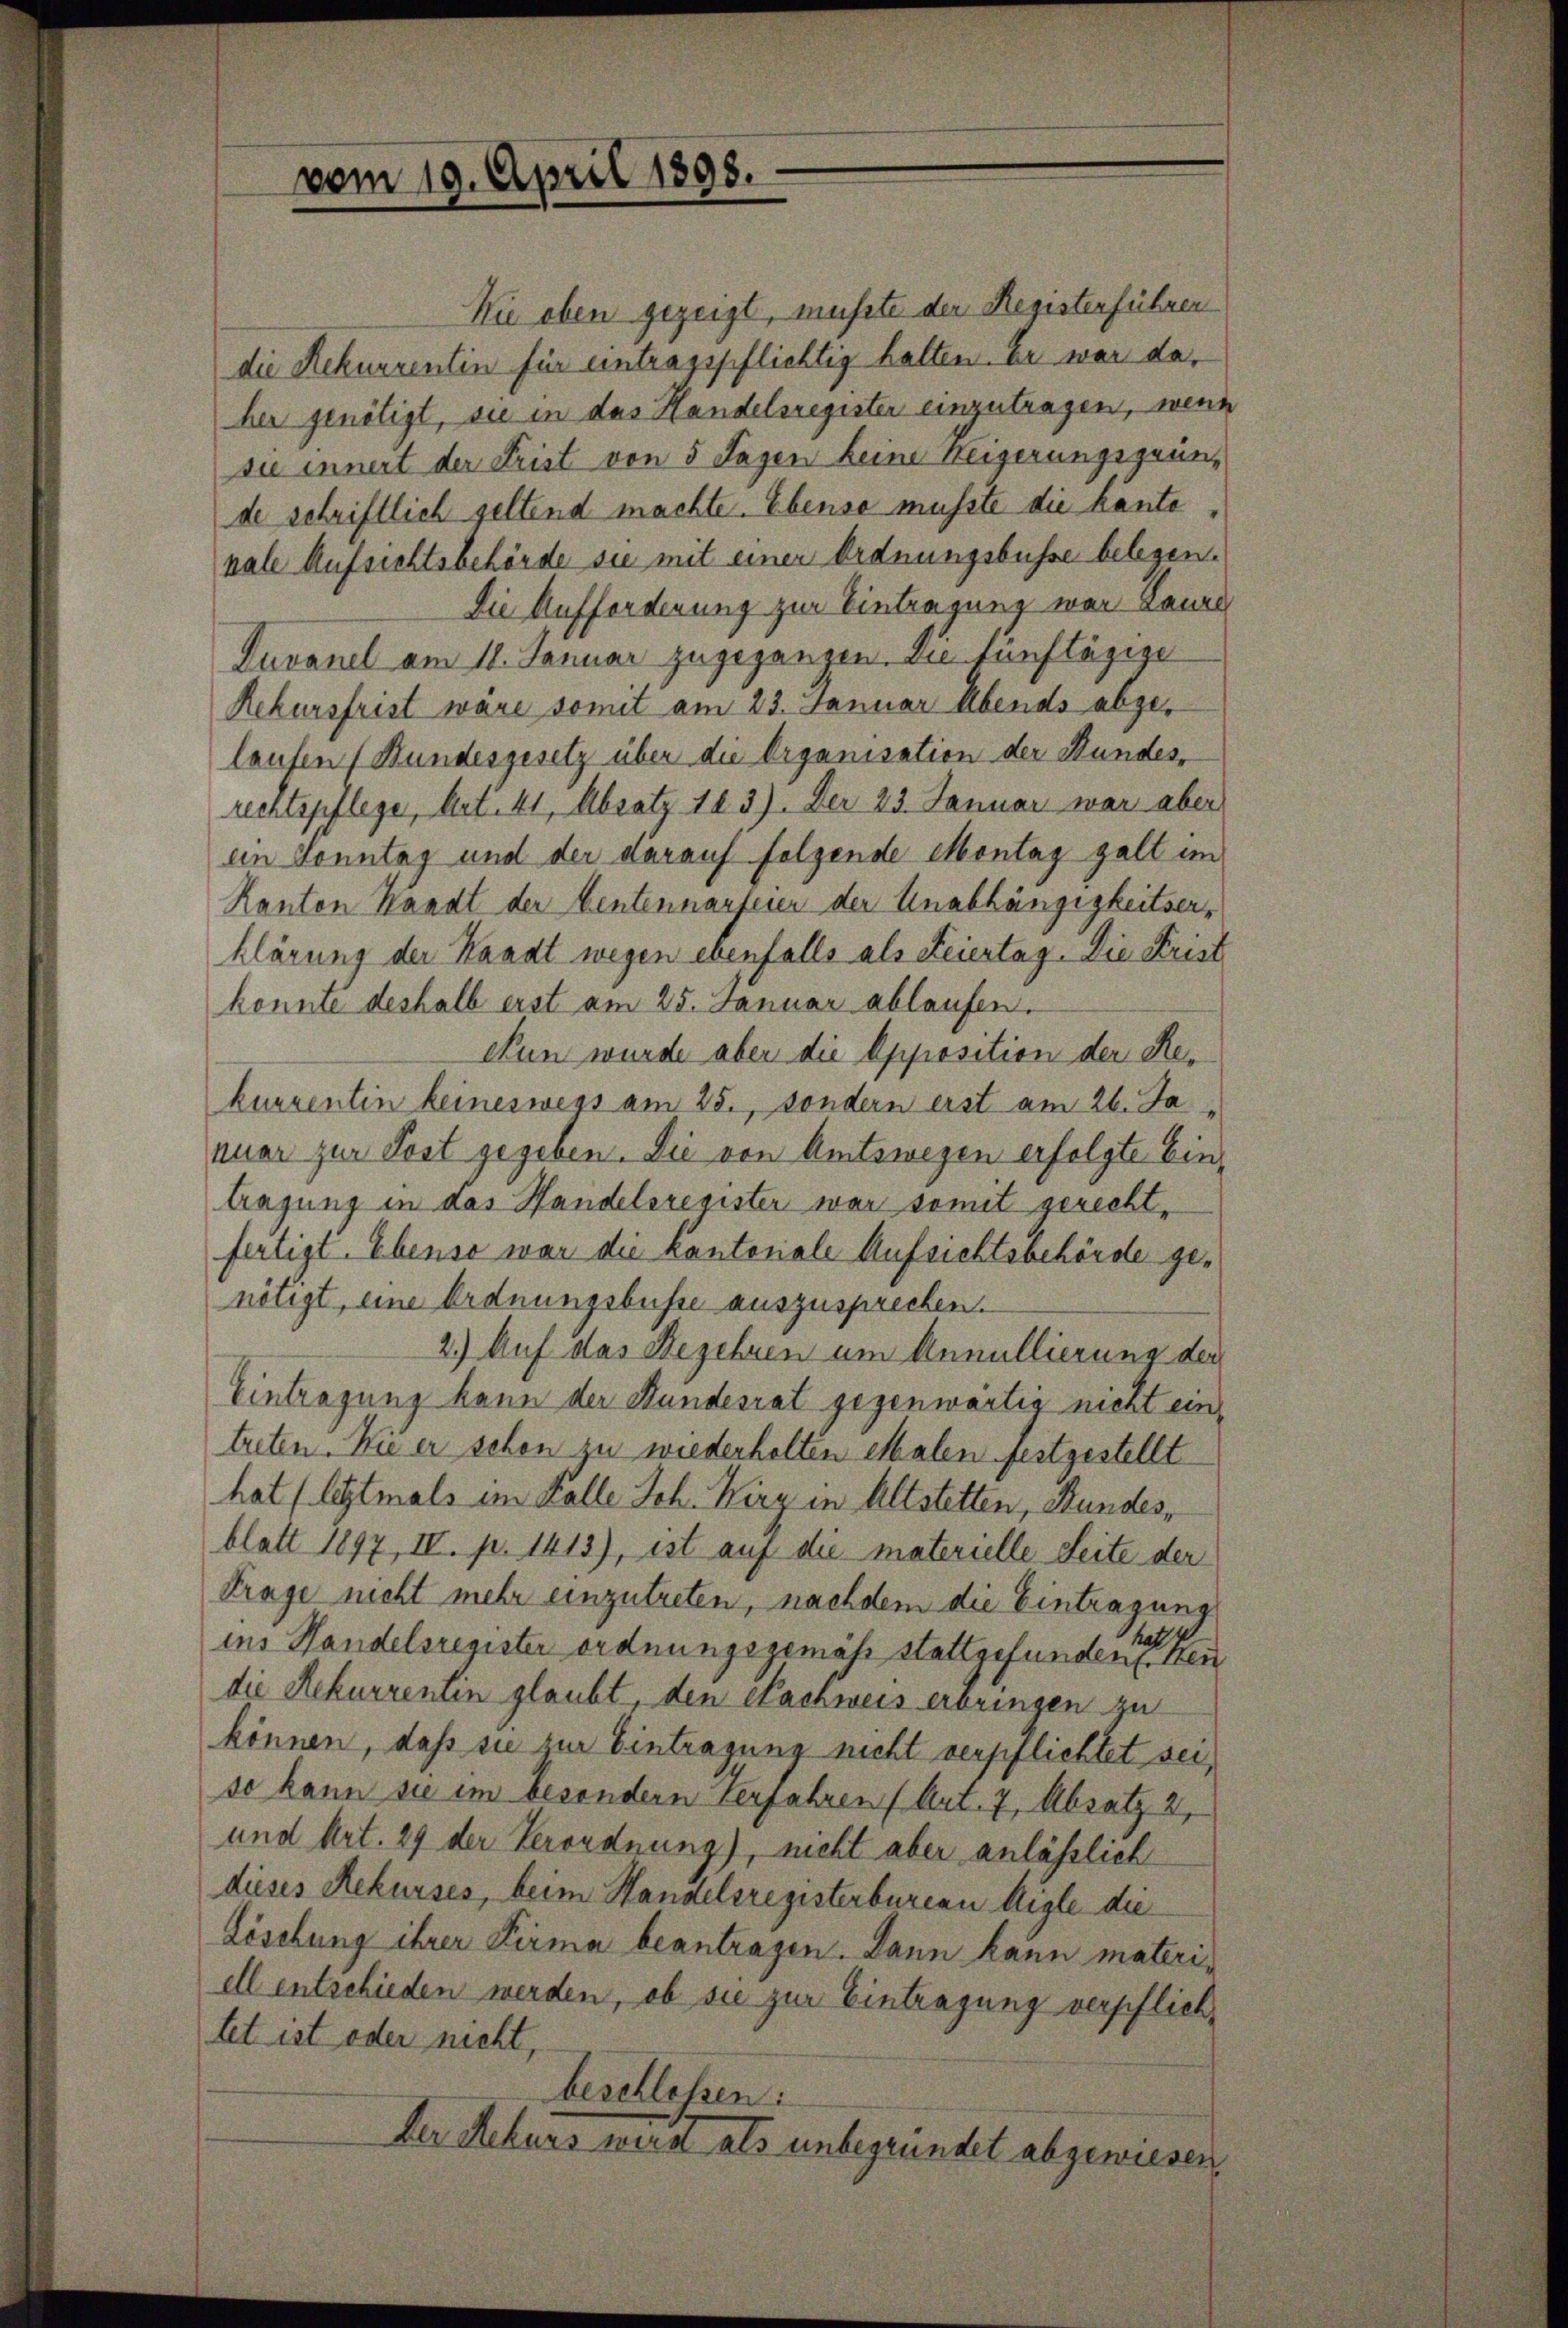
vom 19. April 1898.

Wie oben gezeigt, müßte der Registenführen
die Rekurrentin für eintragspflichtig halten. Er war da,
her genötigt, sie in das Handelsregister einzutragen, wenn
sie innert der Frist von 5 Tagen keine Weigerungsgründe schriftlich geltend machte. Ebenso musste die kante
nale Aufsichtsbehörde sie mit einer Ordnungsbusse belegen.
Die Aufforderung zur Eintragung war Laure
Duvanel am 11. Januar zugegangen. Die fünftägige
Rekursfrist wäre somit am 23. Januar Abends abgelaufen (Bundesgesetz über die Organisation der Stundes-
rechtspflege, Art. 41, Absatz 123). Der 23. Januar war aber
ein Sonntag und der darauf folgende Montag galt im
Kanton Handt der Bentennarfeier der Unabhängigkeitserklärung der Kaadt wegen ebenfalls als Feiertag. Die Frist
konnte deshalb erst am 25. Januar ablaufen.
Nun wurde aber die Opposition der Rekurventin keineswegs am 25., sondern erst am 26. Ja
nuar zur Post gegeben. Die von Amtswegen erfolgte Eintragung in das Handelsregister war somit gerecht,
fertigt. Ebenso war die Kantonale Aufsichtsbehörde genötigt, eine Ordnungsbusse auszusprechen.
2.) Auf das Begehren um Annullierung der
Eintragung kann der Hundesrat gegenwärtig nicht eintreten. Wie er schon zu wiederholten Malen festgestellt
hat (letztmals im wolle Joh. Wirz in Altstetten, Stundesblatt 1897, IV. p. 1413), ist auf die materielle Seite der
Trage nicht mehr einzutreten, nachdem die Eintragung
tall
ins Handelsregister ordnungsgemäß stattgefunden. Neu
die Rekurrentin glaubt, den Nachweis erbringen zu
können, daß sie zur Eintragung nicht verpflichtet seiso kann sie im besondern Verfahren (Art. 7, Absatz 2,
und Art. 29 der Verordnung), nicht aber anläßlich
dieses Rekurses, beim Handelsregisterbureau Aigle die
Lisehung ihrer Firma beantragen. Dann kann materiell entschieden werden, ob sie zur Eintragung verpflichtet ist oder nicht,
beschlossen:
Der Rekurs wird als unbegründet abgewiesen.